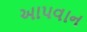
આપવાન